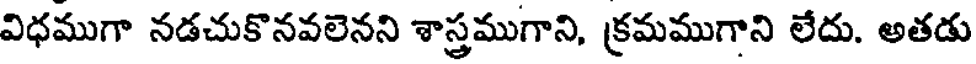
విధముగా నడచుకొనవలెనని శాస్త్రముగాని, క్రమముగాని లేదు. అతడు